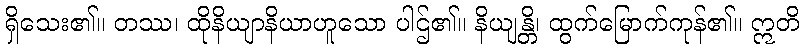
ရှိသေး၏။ တဿ၊ ထိုနိယျာနိယာဟူသော ပါဌ်၏။ နိယျန္တိ၊ ထွက်မြောက်ကုန်၏။ ဣတိ